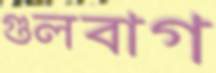
গুলবাগ